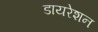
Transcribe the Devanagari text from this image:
डायरेशन